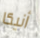
أنيكا